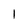
Character: 1